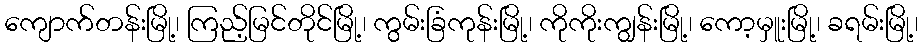
ကျောက်တန်းမြို့၊ ကြည့်မြင်တိုင်မြို့၊ ကွမ်းခြံကုန်းမြို့၊ ကိုကိုးကျွန်းမြို့၊ ကော့မှူးမြို့၊ ခရမ်းမြို့၊